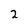
Character: 2